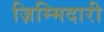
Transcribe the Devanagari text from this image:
ज़िम्मिदारी